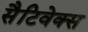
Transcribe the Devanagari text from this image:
सैटिवेक्स